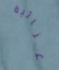
غنائية